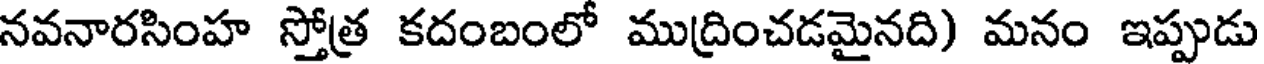
నవనారసింహ స్తోత్ర కదంబంలో ముద్రించడమైనది) మనం ఇప్పుడు